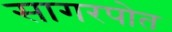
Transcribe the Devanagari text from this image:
सागरपोत